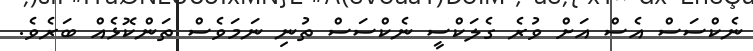
ނެކްސަސް އެސް އަށް ވުރެ ގެލަކްސީ ނެކްސަސް ތުނި ނަމަވެސް ތަންކޮޅެއް ބަރެވެ.